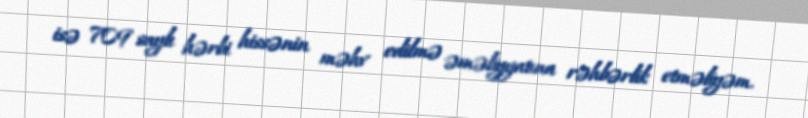
isə 709 saylı hərbi hissənin məhv edilmə əməliyyatına rəhbərlik etməliyəm.